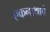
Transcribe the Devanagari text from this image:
एकनाथाचे